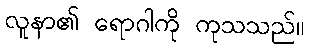
လူနာ၏ ရောဂါကို ကုသသည်။